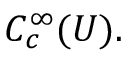
C _ { c } ^ { \infty } ( U ) .